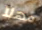
مهلآ